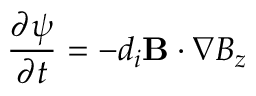
\frac { \partial \psi } { \partial t } = - d _ { i } { \bf B } \cdot \boldsymbol \nabla B _ { z }